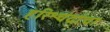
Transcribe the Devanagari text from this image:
हरिश्चंद्रांचा